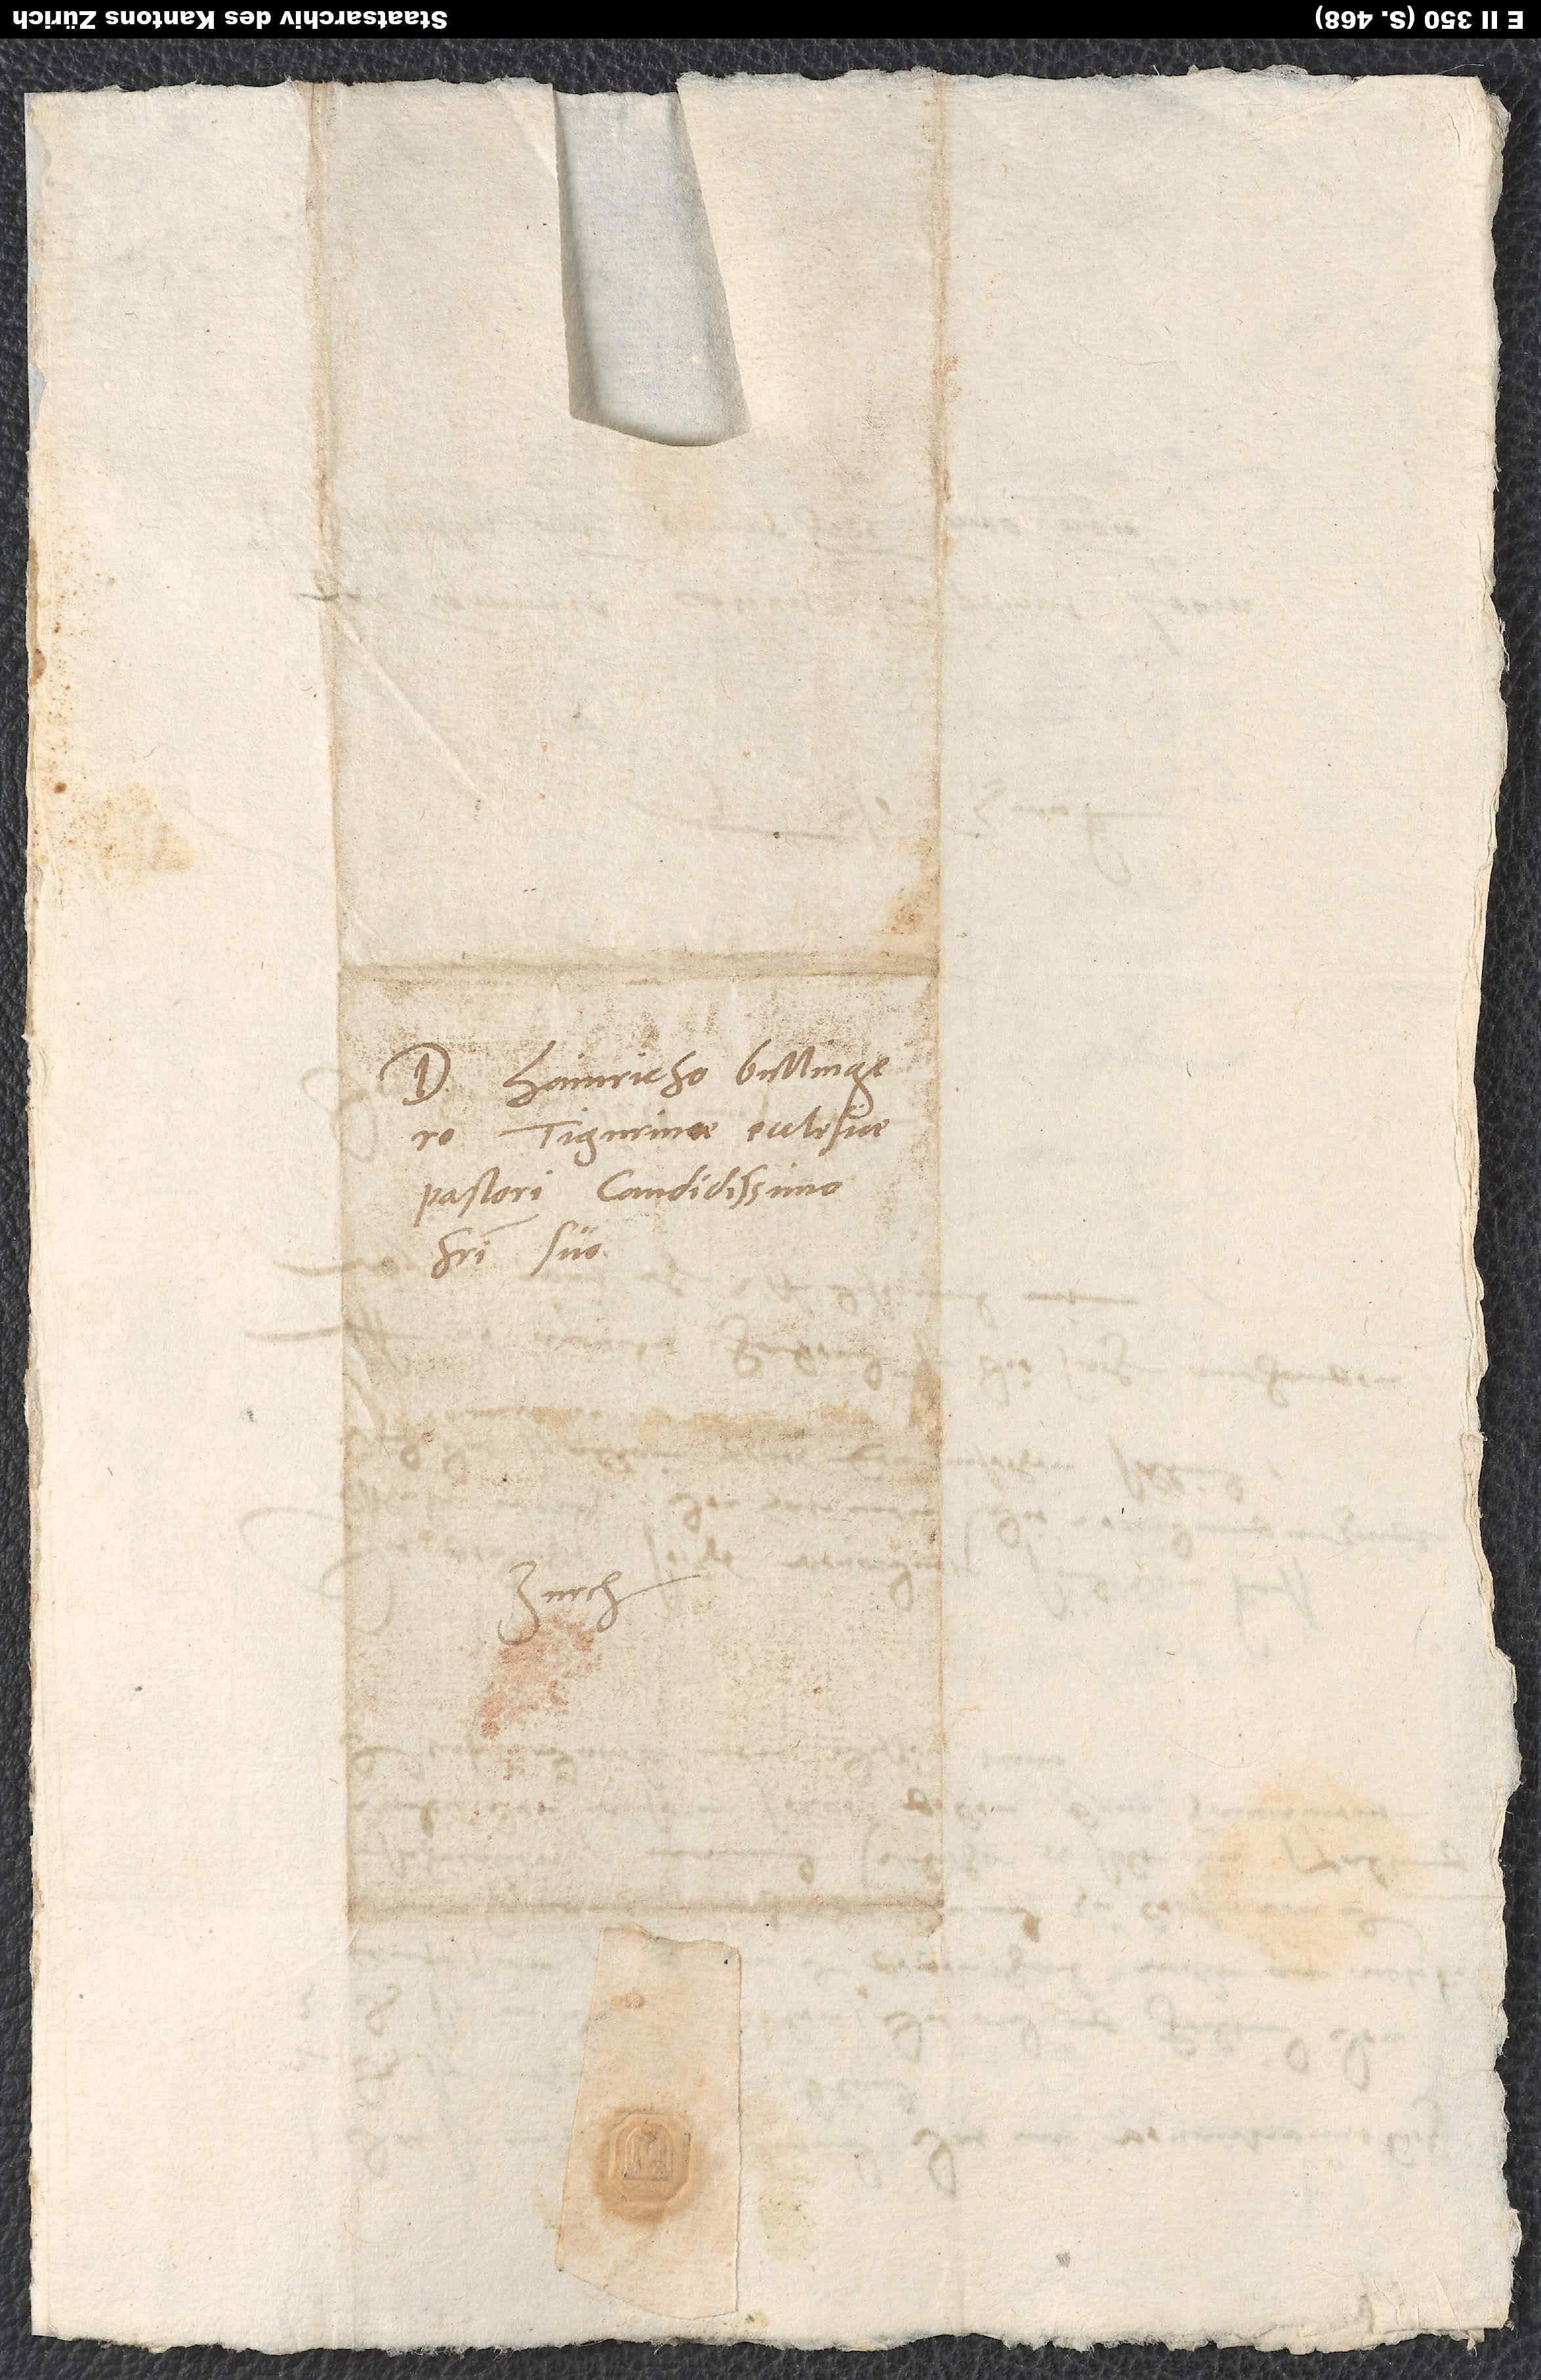
Domino Hainricho Bullingero,
Tigurinae ecclesiae
pastori, candidissimo
fratri suo.